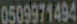
0509971494